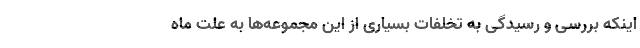
اینکه بررسی و رسیدگی به تخلفات بسیاری از این مجموعه‌ها به علت ماه